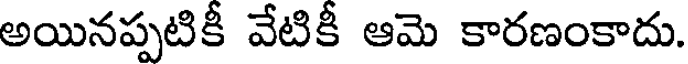
అయినప్పటికీ వేటికీ ఆమె కారణంకాదు.